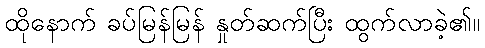
ထိုနောက် ခပ်မြန်မြန် နှုတ်ဆက်ပြီး ထွက်လာခဲ့၏။